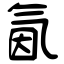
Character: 氤